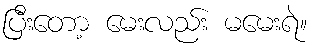
ပြီးတော့ မေးလည်း မမေးရဲ။